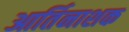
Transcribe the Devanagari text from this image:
आर्तिनाशक